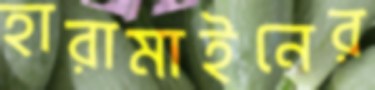
হারামাইনের